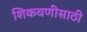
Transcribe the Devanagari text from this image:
शिकवणीसाठी